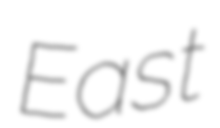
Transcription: East